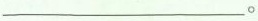
___。